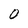
Character: 0